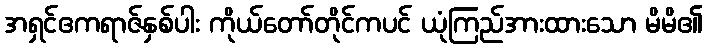
အရှင်ဧကရာဇ်နှစ်ပါး ကိုယ်တော်တိုင်ကပင် ယုံကြည်အားထားသော မိမိ၏